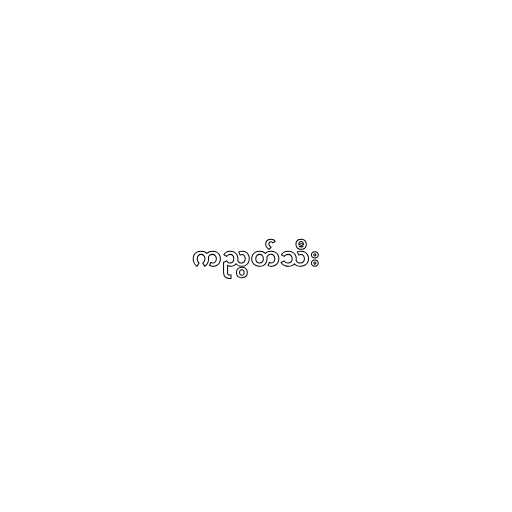
ကညွတ်သီး